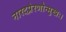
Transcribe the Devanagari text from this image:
नारदप्रेरणोन्मुखः।